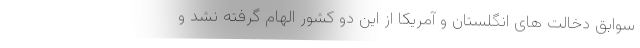
سوابق دخالت های انگلستان و آمریکا از این دو کشور الهام گرفته نشد و